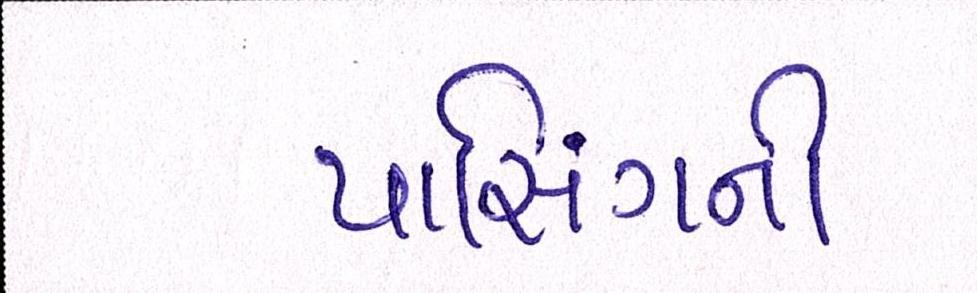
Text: પાસિંગની